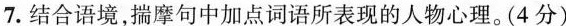
7.结合语境，揣摩句中加点词语所表现的人物心理。(4分)